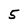
Character: 5